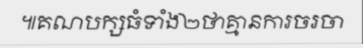
៕គណបក្សធំទាំង២ថាគ្មានការចរចា